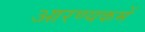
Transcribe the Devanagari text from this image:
आरण्यकमें